Bréfritari: Valdimar Guðlaugsson
Viðtakandi: Jón Borgfirðingur
Dagsetning: A-1860-01-22
Skrifað á: Engidal  S-Þing.
26 ára árið 1860

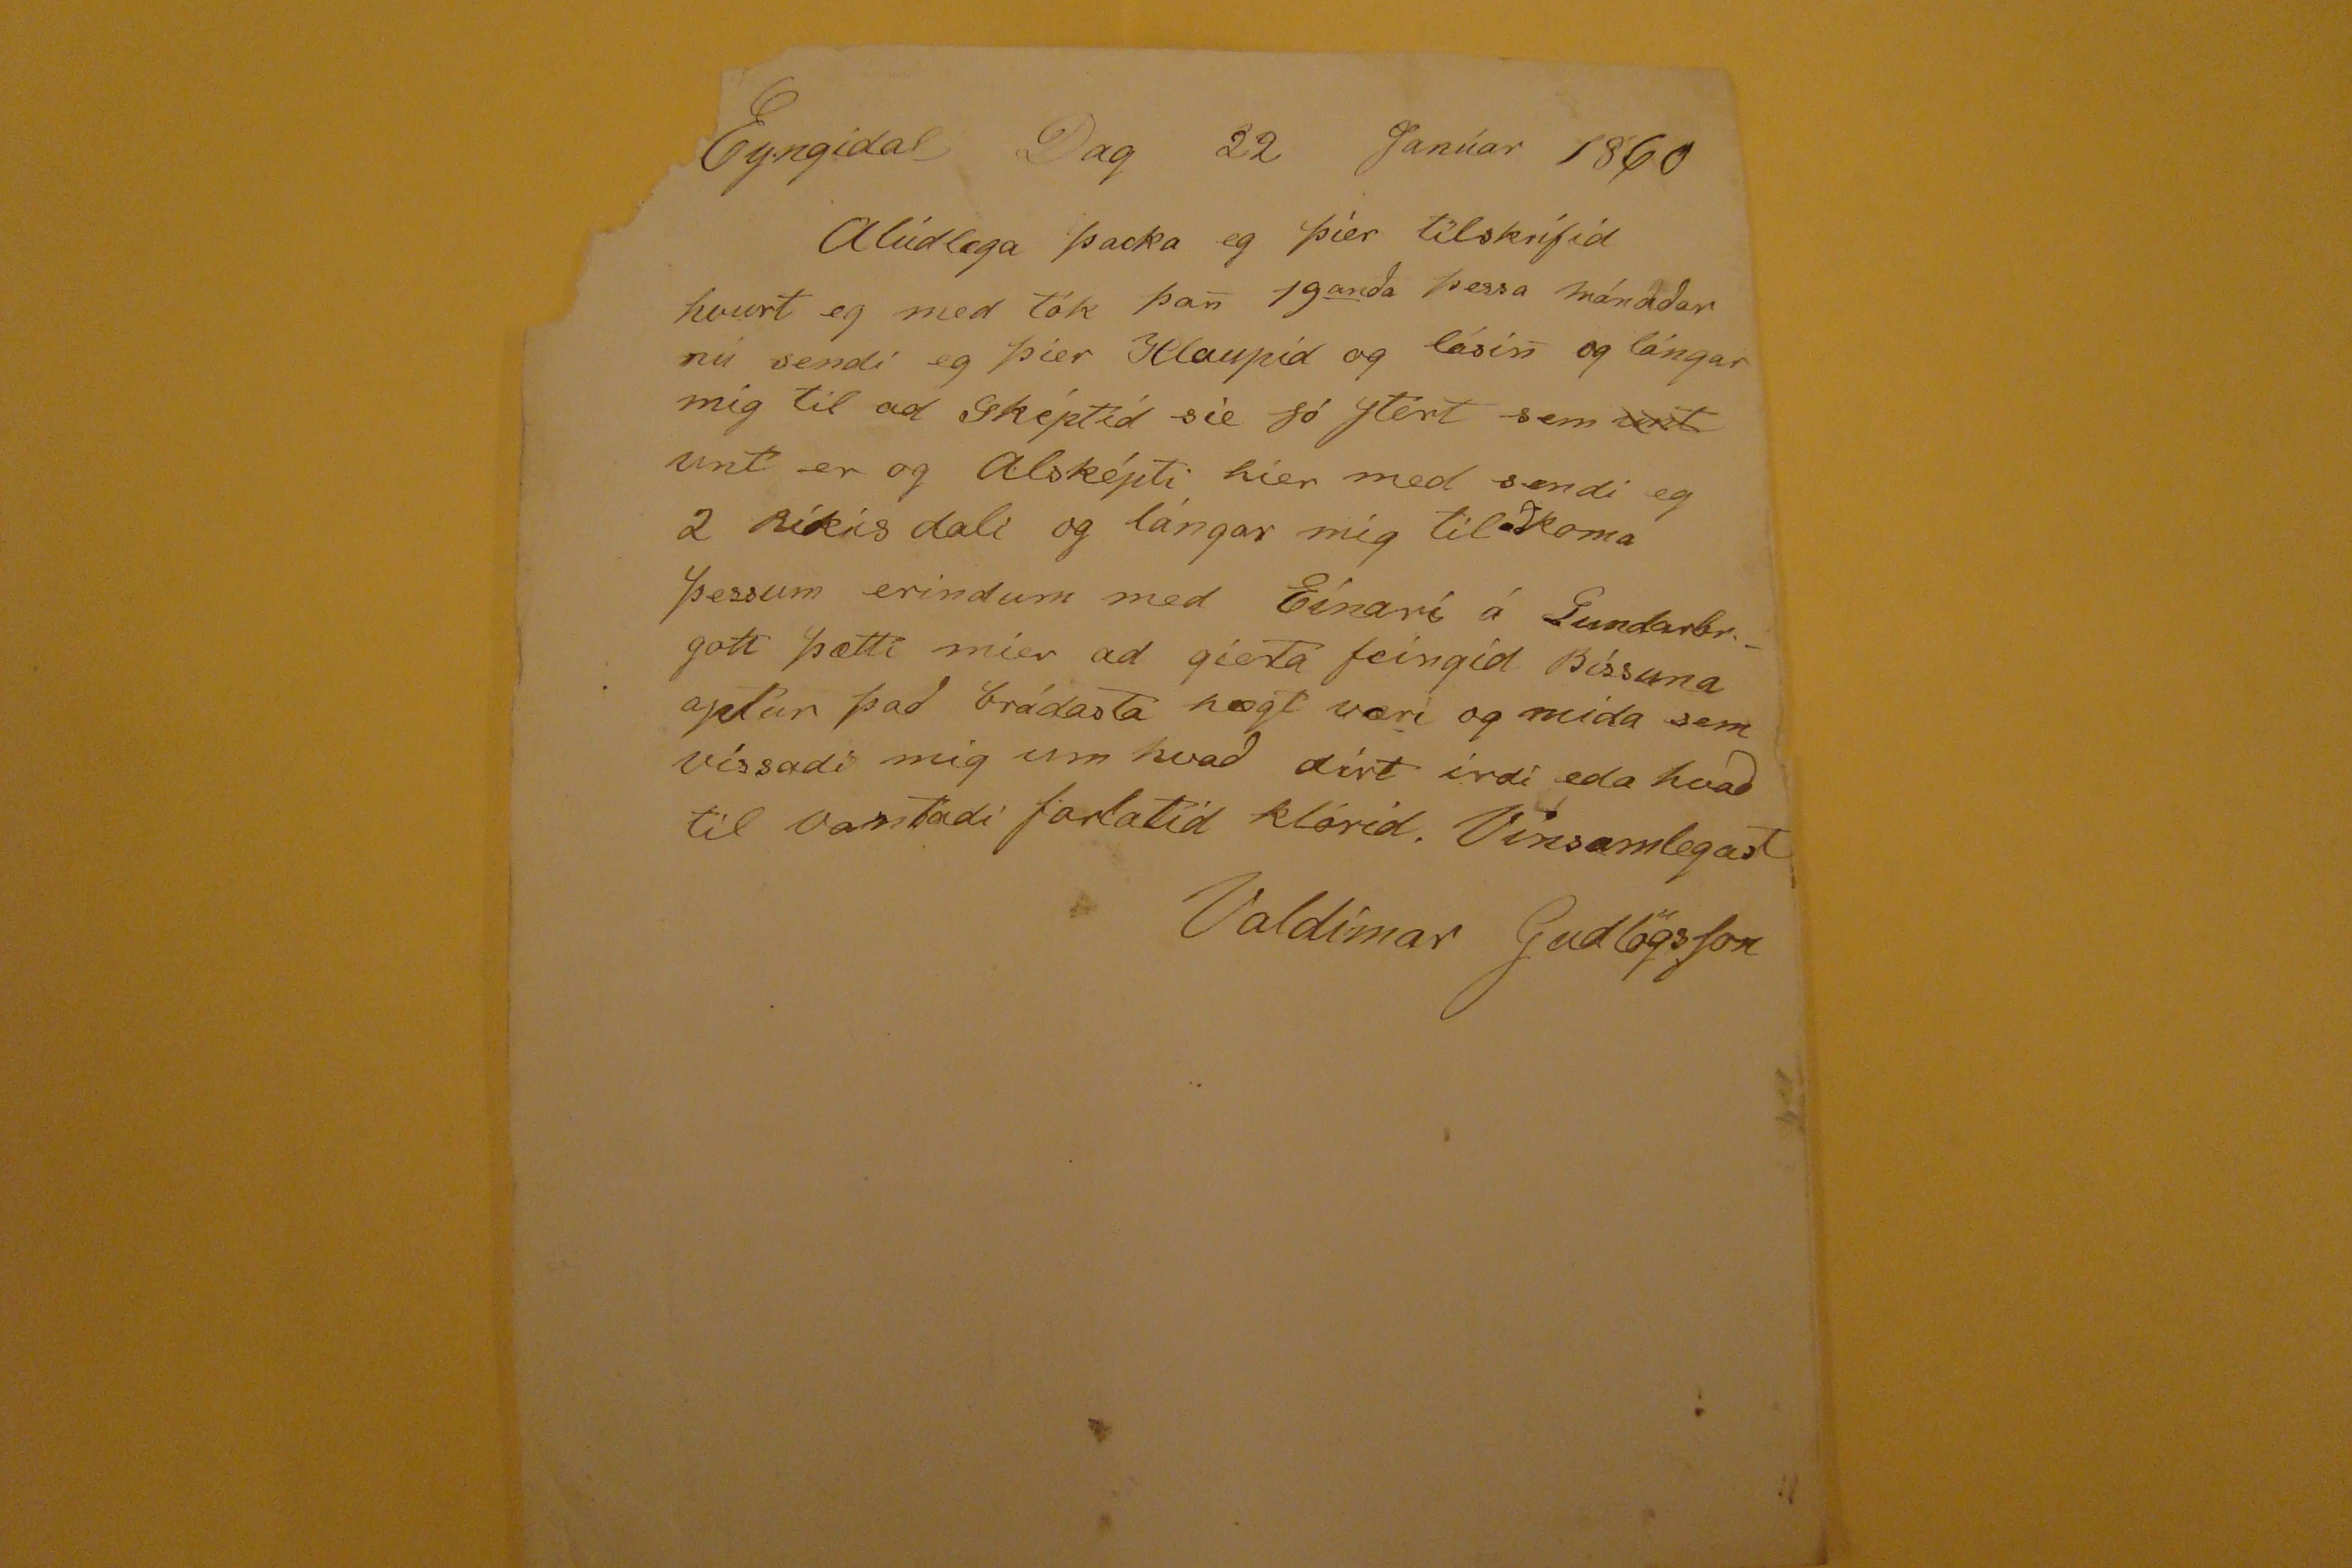

Eyngidal Dag 22 Janúar 1860
Alúdlega þacka eg þier tilskrifid hvurt eg med tók þan 19
anda
þessa mánadar nú sendi eg þier Hlaupid og lásin og lángar mig til ad
Ghéptid
sie só stórt sem
umt
unt er og alsképti hier med sendi eg 2 ríkis dali og lángar mig til ad koma þessum erindum med Einari á
Lundarbr.-
gott þætti mier ad gieta feingid Bíssuna aptur þad brádasta hægt væri og mida sem víssadi mig um hvad dírt irdi eda hvad til vantadi
farlatid
klórid. Vinsamlegast
Valdimar GudlögsSon